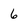
Character: 6